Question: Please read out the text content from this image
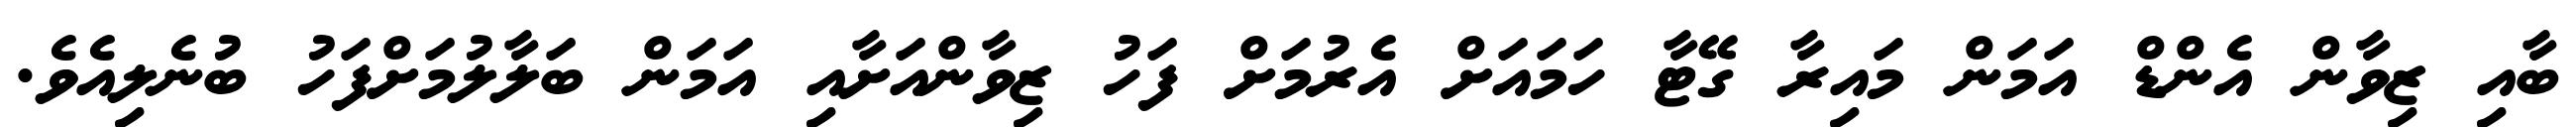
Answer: ބާއި ޒިވާން އެންޑް އަމަން މައިރާ ގޭޓާ ހަމައަށް އެރުމަށް ފަހު ޒިވާންއަށާއި އަމަން ބަލާލުމަށްފަހު ބުނެލިއެވެ.